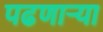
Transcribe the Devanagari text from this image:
पढणार्‍या